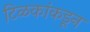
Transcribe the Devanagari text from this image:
टिळकांकडून